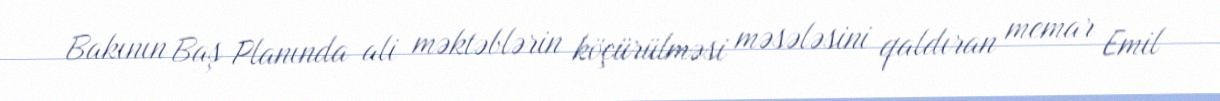
Bakının Baş Planında ali məktəblərin köçürülməsi məsələsini qaldıran memar Emil